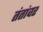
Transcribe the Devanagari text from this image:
तंतांवर